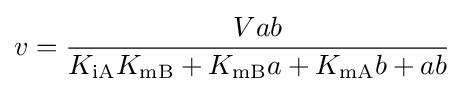
v={\frac {Vab}{K_{\mathrm {iA} }K_{\mathrm {mB} }+K_{\mathrm {mB} }a+K_{\mathrm {mA} }b+ab}}